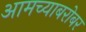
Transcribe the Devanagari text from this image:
आमच्याबरोबर